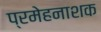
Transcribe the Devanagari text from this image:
प्रमेहनाशक